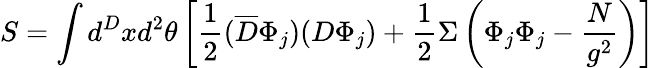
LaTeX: S=\int{d}^{D}xd^{2}\theta\left[\frac{1}{2}(\overline{{{D}}}\Phi_{j})(D\Phi_{j})+\frac{1}{2}\Sigma\left(\Phi_{j}\Phi_{j}-\frac{N}{g^{2}}\right)\right]